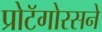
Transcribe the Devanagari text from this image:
प्रोटॅगोरसने